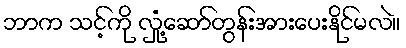
ဘာက သင့်ကို လှုံ့ဆော်တွန်းအားပေးနိုင်မလဲ။